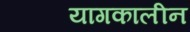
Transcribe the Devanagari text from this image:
यागकालीन